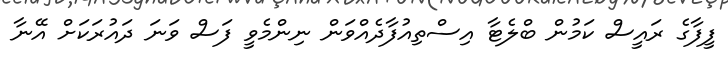
ފީފާގެ ރައީސް ކަމުން ބްލެޓާ އިސްތިއުފާދެއްވަން ނިންމެވީ ފަސް ވަނަ ދައުރަކަށް އޭނާ